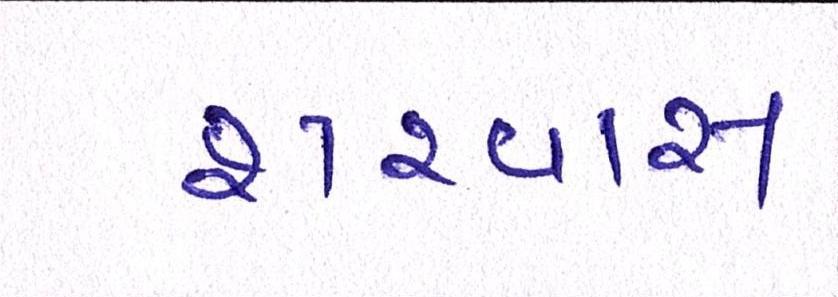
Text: શ્ર્વાસ